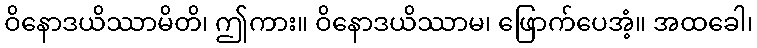
ဝိနောဒယိဿာမိတိ၊ ဤကား။ ဝိနောဒယိဿာမ၊ ဖြောက်ပေအံ့။ အထခေါ၊